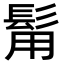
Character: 𩬮